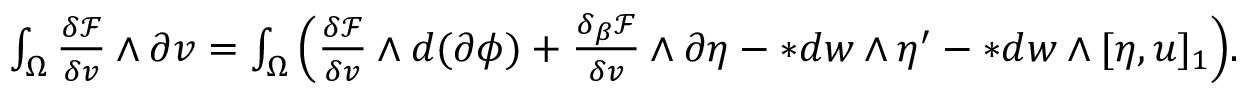
\begin{array} { r } { \int _ { \Omega } \frac { \delta \mathcal { F } } { \delta v } \wedge \partial v = \int _ { \Omega } \Big ( \frac { \delta \mathcal { F } } { \delta v } \wedge d ( \partial \phi ) + \frac { \delta _ { \beta } \mathcal { F } } { \delta v } \wedge \partial \eta - \ast d w \wedge \eta ^ { \prime } - \ast d w \wedge [ \eta , u ] _ { 1 } \Big ) . } \end{array}